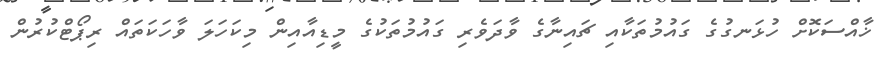
ޚާއްސަކޮށް ހުޅަނގުގެ ގައުމުތަކާއި ޗައިނާގެ ވާދަވެރި ގައުމުތަކުގެ މީޑިއާއިން މިކަހަލަ ވާހަކަތައް ރިޕޯޓްކުރުން